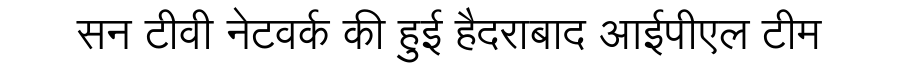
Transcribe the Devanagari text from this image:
सन टीवी नेटवर्क की हुई हैदराबाद आईपीएल टीम